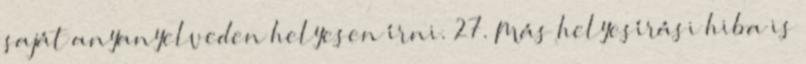
saját anyanyelveden helyesen í­rni. 27. Más helyesí­rási hiba is